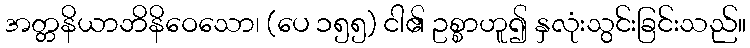
အတ္တနိယာဘိနိဝေသော၊ (ပေ ၁၅၅) ငါ၏ ဥစ္စာဟူ၍ နှလုံးသွင်းခြင်းသည်။